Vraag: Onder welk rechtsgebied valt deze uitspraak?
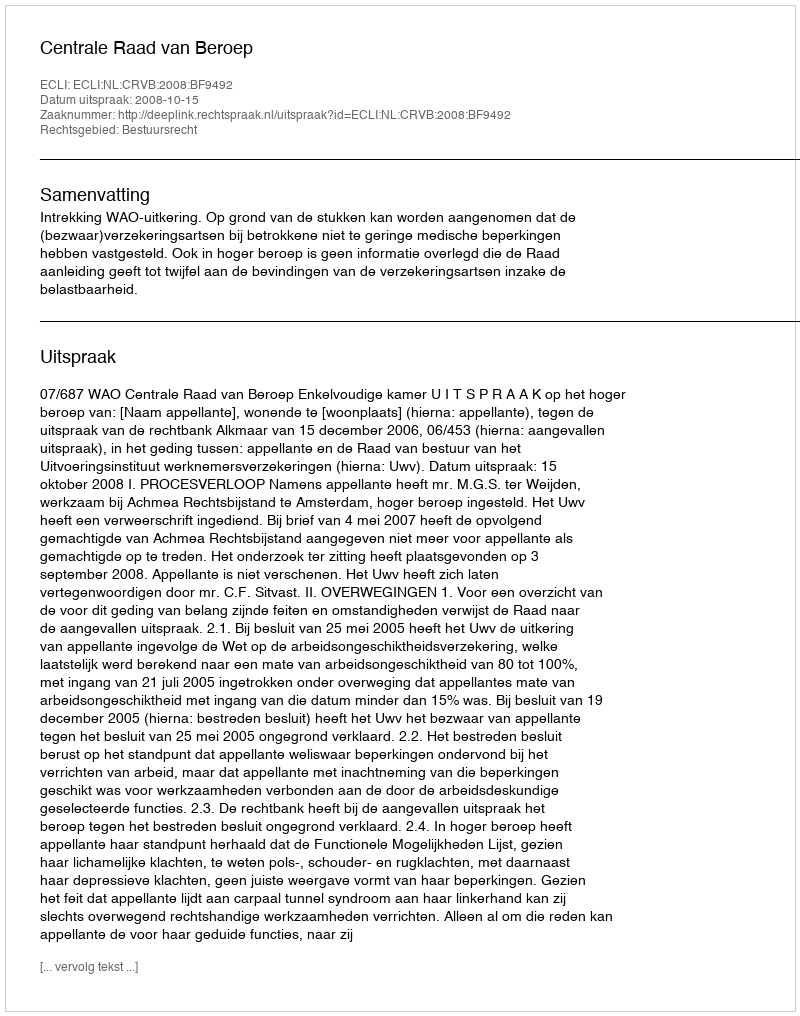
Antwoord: Bestuursrecht